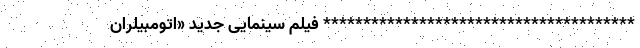
*************************************** فیلم سینمایی جدید «اتومبیلران